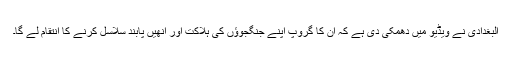
البغدادی نے ویڈیو میں دھمکی دی ہے کہ ان کا گروپ اپنے جنگجوؤں کی ہلاکت اور انھیں پابند سلاسل کرنے کا انتقام لے گا۔